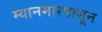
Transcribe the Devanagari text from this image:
म्यानमारपासून